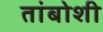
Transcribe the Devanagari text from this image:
तांबोशी